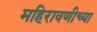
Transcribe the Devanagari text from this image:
महिरावणीच्या